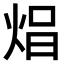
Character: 𤈵